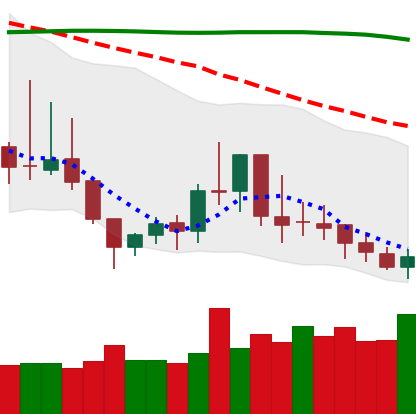
Ticker: DOGE-USD
Chart end date: 2019-09-12
Forward return: 7.546%
Label: up_7plus